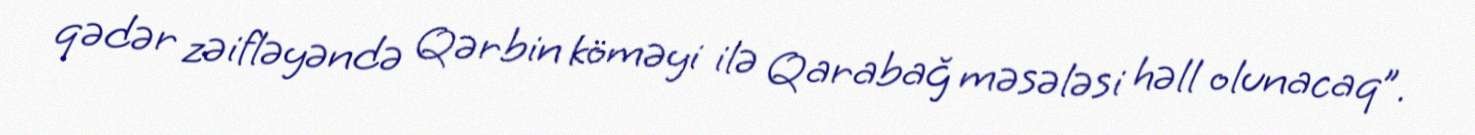
qədər zəifləyəndə Qərbin köməyi ilə Qarabağ məsələsi həll olunacaq”.